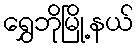
ရွှေဘိုမြို့နယ်